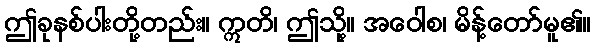
ဤခုနစ်ပါးတို့တည်း။ ဣတိ၊ ဤသို့။ အဝေါစ၊ မိန့်တော်မူ၏။